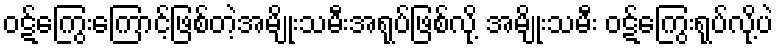
ဝဋ်ကြွေးကြောင့်ဖြစ်တဲ့အမျိုးသမီးအရုပ်ဖြစ်လို့ အမျိုးသမီး ဝဋ်ကြွေးရုပ်လို့ပဲ